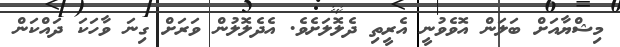
މިޝްޔާއަށް ބަލަން އޮވެވުނީ އެރީތި ދެލޮލަށެވެ. އެދެލޮލުން ވަރަށް ގިނަ ވާހަކަ ދައްކަން